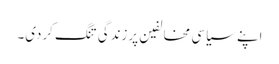
اپنے سیاسی مخالفین پرزندگی تنگ کردی۔